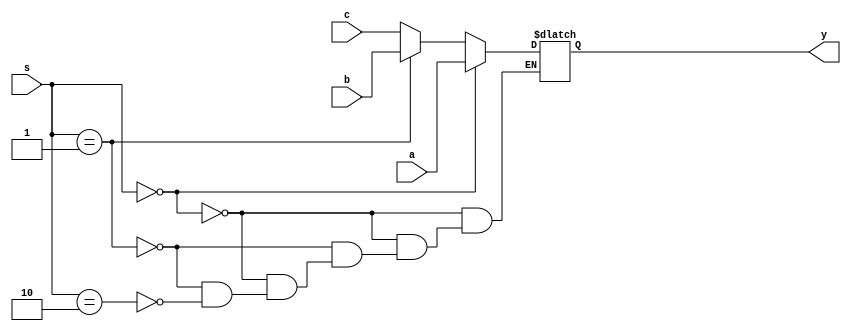
module mux3to1 #(parameter DATA_WIDTH = 16)(
	input [DATA_WIDTH-1:0] a, 
	input [DATA_WIDTH-1:0] b, 
	input [DATA_WIDTH-1:0] c, 
	input [1:0] s, 
	output reg [DATA_WIDTH-1:0] y);

always@(*)
begin
	if(s == 2'b00) y = a;
	else if(s == 2'b01)	y = b;
	else if(s == 2'b10)	y = c;
end
endmodule